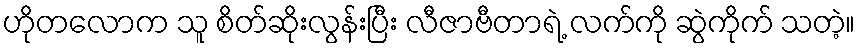
ဟိုတလောက သူ စိတ်ဆိုးလွန်းပြီး လီဇာဗီတာရဲ့ လက်ကို ဆွဲကိုက် သတဲ့။